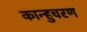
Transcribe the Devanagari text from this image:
कान्हुचरण